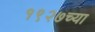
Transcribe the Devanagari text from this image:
१९२७च्या